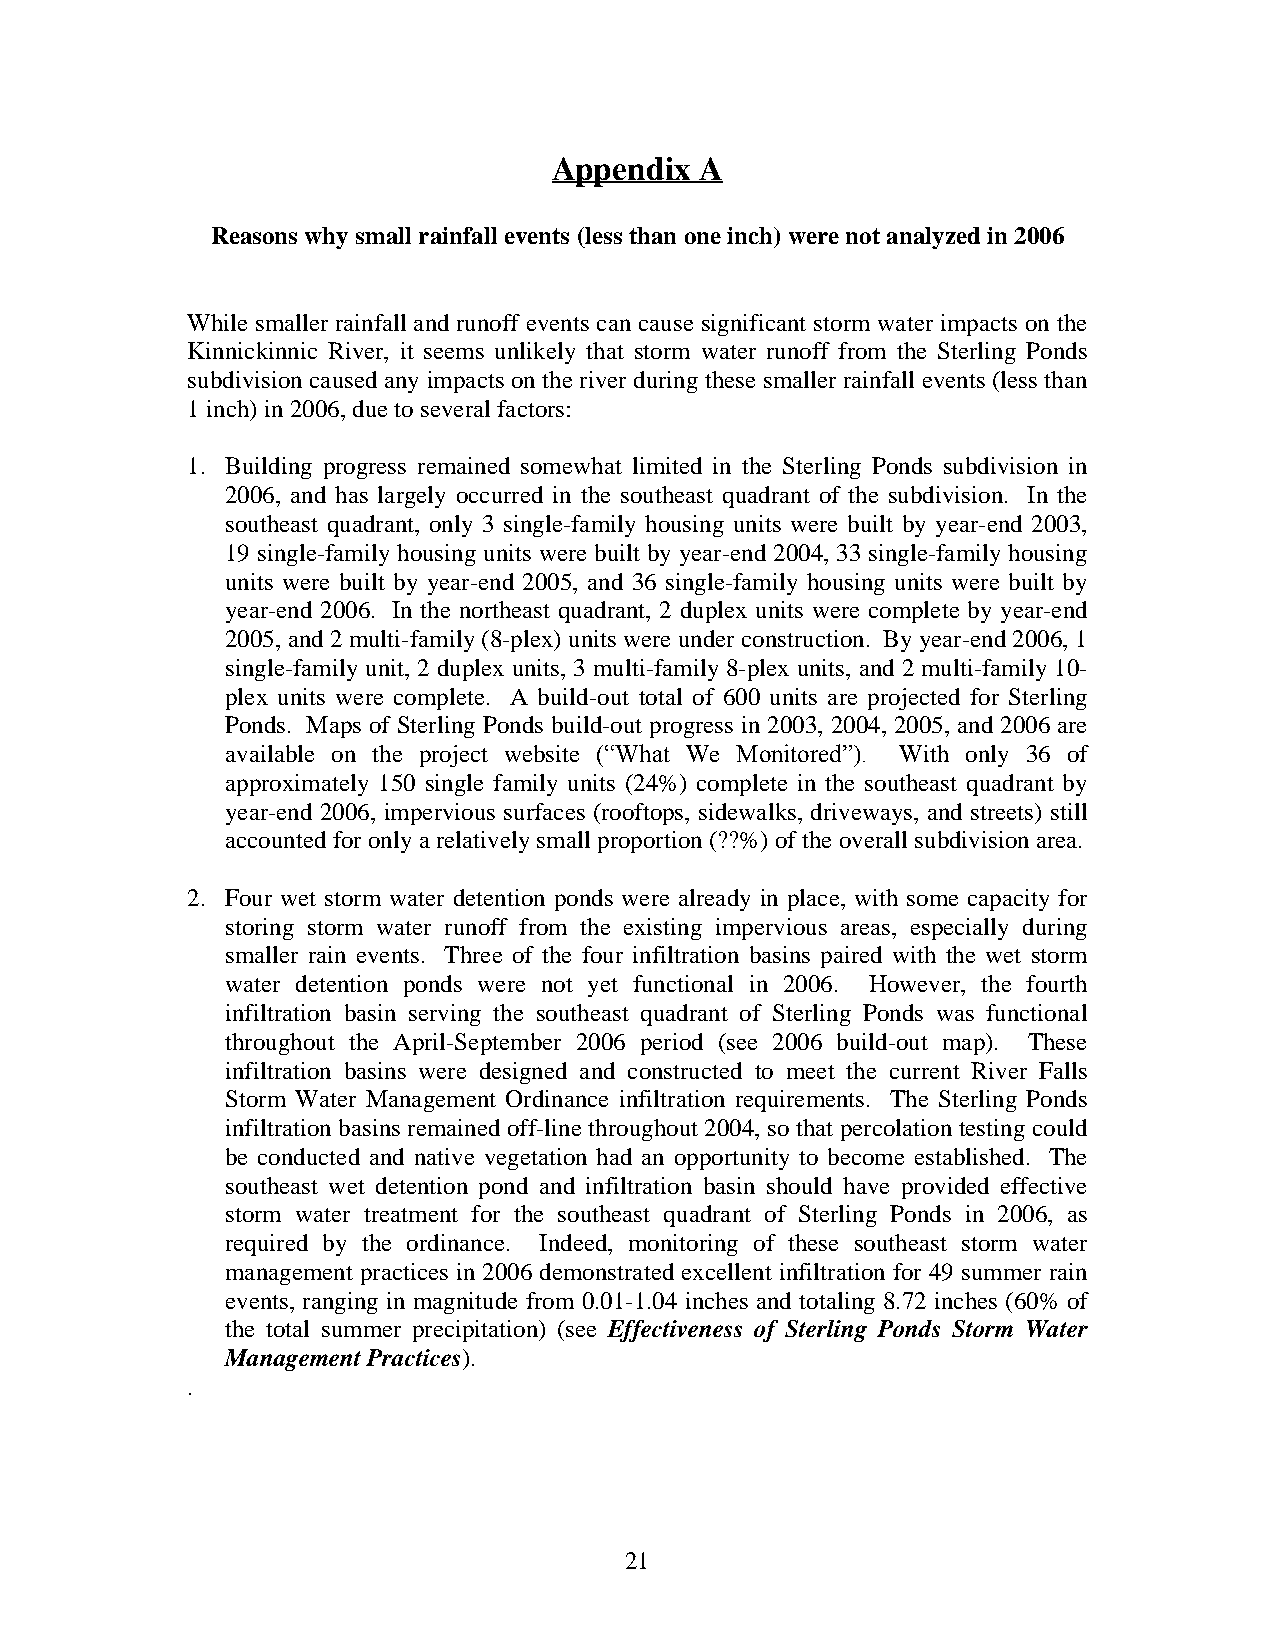
Appendix A
 Reasons why small rainfall events (less than one inch) were not analyzed in 2006
 While smaller r ainfall and r unoff events can cause significant storm water impacts on the
 Kinnickinnic R iver, it seems unlikely that storm water runoff from the Sterling Ponds
 subdivision caused any impacts on the r iver during these smaller rainfall e vents (less than
 1 inch) in 2006, due to several factors:
 1. Building progress remained somewhat limited in the Ste rling Pon ds subdivision in
 2006, and has largely occurred in the southeast quadrant of the subdivision. I n the
 southeast quadrant, on ly 3 single-family housing units were built by year-end 2003,
 19 single-family housing units we re built by year-end 2004, 3 3 single-family housing
 units were built by year-end 2005, and 36 single-family housing u nits were built by
 year-end 2006. In the northeast quadrant, 2 duplex units were complete by year-end
 2005, and 2 multi-family (8-plex) units were under construction. By year-end 2006, 1
 single-family unit, 2 duplex units, 3 multi-family 8-plex units, and 2 multi-family 10-
 plex units were complete. A build-out total of 600 units are projected for Sterling
 Ponds. Maps of Sterling Ponds build-o ut progress in 2003, 2004, 2005 , and 2006 are
 available on the project website (“What We Monitored”). With only 36 of
 approxima tely 150 single family units (24 %) complete in the sou theast quadrant by
 year-end 2006, impervious surfaces (rooftops, sidewalks, driveways, and streets) still
 accounted for only a relatively small proportion (??%) of the overall subdivision area.
 2. Four wet storm water detention ponds were already in place, with some capacity for
 storing storm water runoff from the existing impervious areas, especially during
 smaller rain events. Three of the four infiltration basins paired with the wet storm
 water detention ponds were not yet functional in 2006. However, the fourth
 infiltration basin serving the southeast quadrant of Sterling Ponds was functional
 throughout the April-September 200 6 period (see 2006 build-out map). These
 infiltration basins were designed and constructed to meet the current River Falls
 Storm Water Management Ordinance infiltration requirements. The Sterling Ponds
 infiltration basins remained off-line throughout 2004, so that percolation testing could
 be conducted and native vegetation had an opportunity to become established. The
 southeast wet detention pond and infiltration basin should have provided effective
 storm water treatment for the southeast qu adrant of Sterling Ponds in 2006, as
 required by the ordinance. Indeed, monitoring of these southeast storm water
 management practices in 2006 demonstrated excellent infiltration for 49 summer rain
 events, ranging in magnitude from 0.01-1.04 inches and totaling 8.72 inches (60% of
 the total summer precipitation) (see Effectiveness of Sterling Ponds Storm Water
 Management Practices).
 .
 21